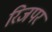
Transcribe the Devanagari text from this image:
रिजपर